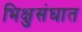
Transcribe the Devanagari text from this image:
भिक्षुसंघात